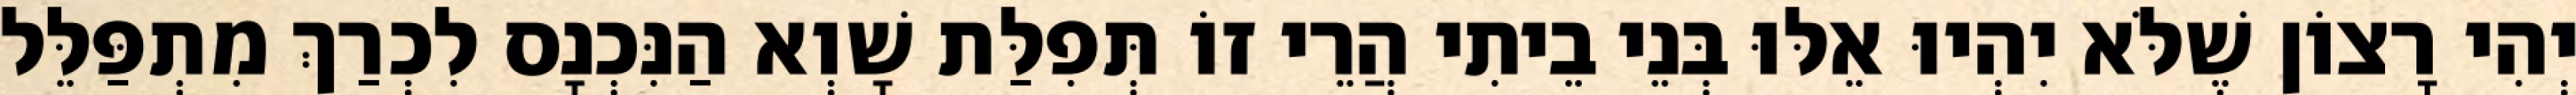
יְהִי רָצוֹן שֶׁלֹּא יִהְיוּ אֵלּוּ בְּנֵי בֵיתִי הֲרֵי זוֹ תְּפִלַּת שָׁוְא הַנִּכְנָס לִכְרַךְ מִתְפַּלֵּל